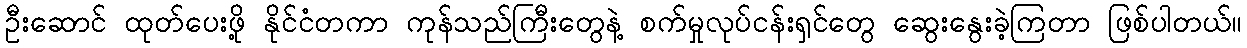
ဦးဆောင် ထုတ်ပေးဖို့ နိုင်ငံတကာ ကုန်သည်ကြီးတွေနဲ့ စက်မှုလုပ်ငန်းရှင်တွေ ဆွေးနွေးခဲ့ကြတာ ဖြစ်ပါတယ်။